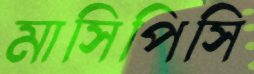
মাসিপিসি